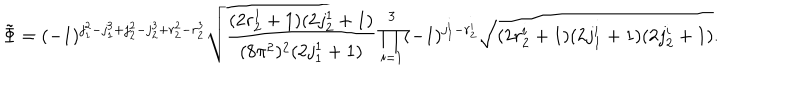
LaTeX: \tilde { \Phi } = ( - 1 ) ^ { j _ { 1 } ^ { 2 } - j _ { 1 } ^ { 3 } + j _ { 2 } ^ { 2 } - j _ { 2 } ^ { 3 } + r _ { 2 } ^ { 2 } - r _ { 2 } ^ { 3 } } \sqrt { \frac { ( 2 r _ { 2 } ^ { 1 } + 1 ) ( 2 j _ { 2 } ^ { 1 } + 1 ) } { ( 8 \pi ^ { 2 } ) ^ { 2 } ( 2 j _ { 1 } ^ { 1 } + 1 ) } } \prod _ { i = 1 } ^ { 3 } ( - 1 ) ^ { j _ { 1 } ^ { i } - r _ { 2 } ^ { i } } \sqrt { ( 2 r _ { 2 } ^ { i } + 1 ) ( 2 j _ { 1 } ^ { i } + 1 ) ( 2 j _ { 2 } ^ { i } + 1 ) } .